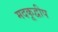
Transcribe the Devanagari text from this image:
मदकूद्वीप